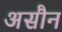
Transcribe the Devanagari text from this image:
असौन